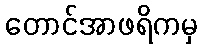
တောင်အာဖရိကမှ